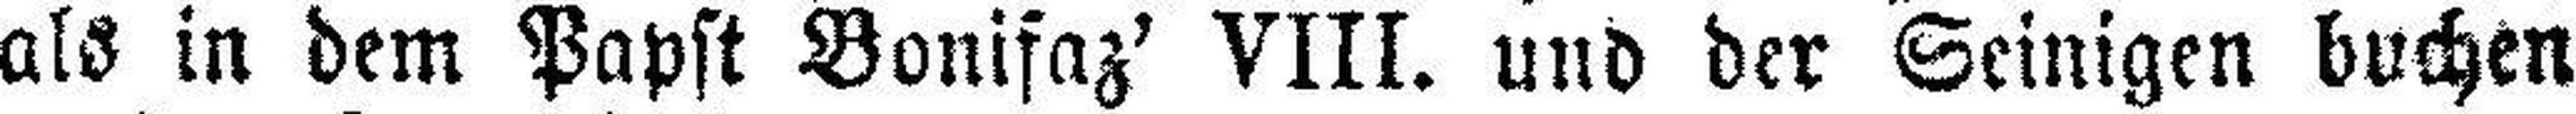
als in dem Papst Bonifaz' VIII. und der Seinigen buchen